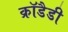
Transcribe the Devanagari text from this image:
क्रॉडैडी